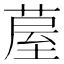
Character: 𮐂